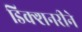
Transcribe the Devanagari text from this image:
डिक्शनरीने